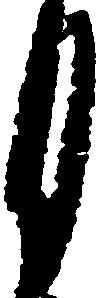
月